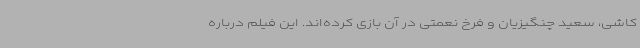
کاشی، سعید چنگیزیان و فرخ نعمتی در آن بازی کرده‌اند. این فیلم درباره